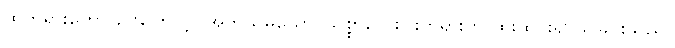
ထိုတရားဟောခြင်းကြောင့်။ အဘိသမယော၊ သစ္စာလေးပါးတရားကို ထိုးထွင်း၍ သိခြင်းသည်။